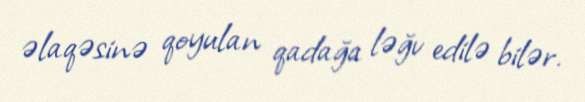
əlaqəsinə qoyulan qadağa ləğv edilə bilər.